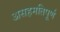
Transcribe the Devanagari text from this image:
असहमतिपूर्ण